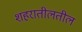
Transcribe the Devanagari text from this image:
शहरातीलतील